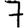
Digit: 7